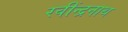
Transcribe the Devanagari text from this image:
रवींन्द्रनाथ